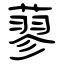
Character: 蓼